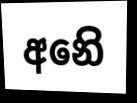
අනෙි